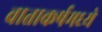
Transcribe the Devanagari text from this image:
वाताकर्षमध्ये